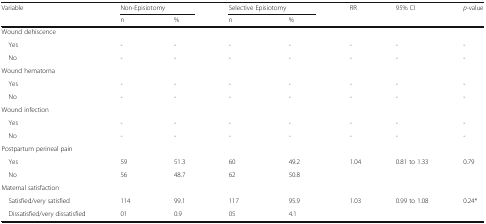
<table><thead><tr><td rowspan="2"><b>Variable</b></td><td colspan="2"><b>Non-Episiotomy</b></td><td colspan="2"><b>Selective Episiotomy</b></td><td><b>RR</b></td><td><b>95% CI</b></td><td><b><i>p</i>-value</b></td></tr><tr><td><b>n</b></td><td><b>%</b></td><td><b>n</b></td><td><b>%</b></td><td></td><td></td><td></td></tr></thead><tbody><tr><td colspan="8">Wound dehiscence</td></tr><tr><td> Yes</td><td>-</td><td>-</td><td>-</td><td>-</td><td>-</td><td>-</td><td>-</td></tr><tr><td> No</td><td>-</td><td>-</td><td>-</td><td>-</td><td>-</td><td>-</td><td>-</td></tr><tr><td colspan="8">Wound hematoma</td></tr><tr><td> Yes</td><td>-</td><td>-</td><td>-</td><td>-</td><td>-</td><td>-</td><td>-</td></tr><tr><td> No</td><td>-</td><td>-</td><td>-</td><td>-</td><td>-</td><td>-</td><td>-</td></tr><tr><td colspan="8">Wound infection</td></tr><tr><td> Yes</td><td>-</td><td>-</td><td>-</td><td>-</td><td>-</td><td>-</td><td>-</td></tr><tr><td> No</td><td>-</td><td>-</td><td>-</td><td>-</td><td>-</td><td>-</td><td>-</td></tr><tr><td colspan="8">Postpartum perineal pain</td></tr><tr><td> Yes</td><td>59</td><td>51.3</td><td>60</td><td>49.2</td><td>1.04</td><td>0.81 to 1.33</td><td>0.79</td></tr><tr><td> No</td><td>56</td><td>48.7</td><td>62</td><td>50.8</td><td></td><td></td><td></td></tr><tr><td colspan="8">Maternal satisfaction</td></tr><tr><td> Satisfied/very satisfied</td><td>114</td><td>99.1</td><td>117</td><td>95.9</td><td>1.03</td><td>0.99 to 1.08</td><td>0.24*</td></tr><tr><td> Dissatisfied/very dissatisfied</td><td>01</td><td>0.9</td><td>05</td><td>4.1</td><td></td><td></td><td></td></tr></tbody></table>